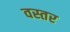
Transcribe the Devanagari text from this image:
वस्तर